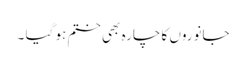
جانوروں کا چارہ بھی ختم ہو گیا ۔